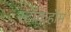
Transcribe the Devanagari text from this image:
स्टॉकहॉम